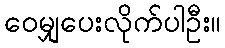
ဝေမျှပေးလိုက်ပါဦး။